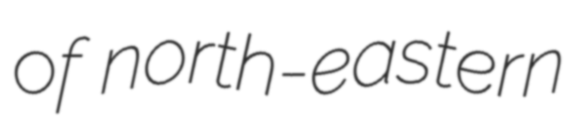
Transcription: of north-eastern